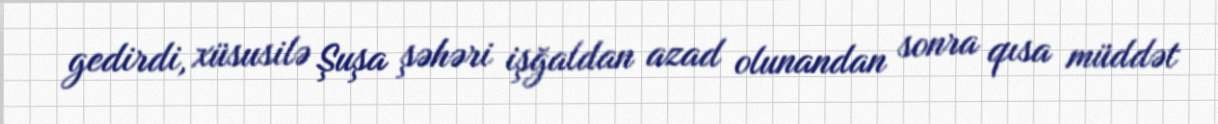
gedirdi, xüsusilə Şuşa şəhəri işğaldan azad olunandan sonra qısa müddət